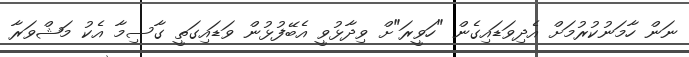
ނަން ހާމަނުކުރުމަށް އެދިވަޑައިގެން "ހަވީރަ"ށް ވިދާޅުވީ އެބޭފުޅުން ވަޑައިގަތީ ގާސިމާ އެކު މަޝްވަރާ